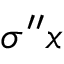
\sigma ^ { \prime \prime } x